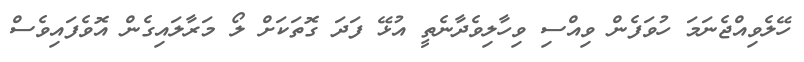
ހޭލެވިއްޖެނަމަ ހުވަފެން ވިއްސި ވިހާލިވެދާނެތީ އުޅޭ ފަދަ ގޮތަކަށް ލޯ މަރާލައިގެން އޮވެފައިވެސް